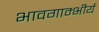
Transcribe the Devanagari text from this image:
भावगाम्भीर्य